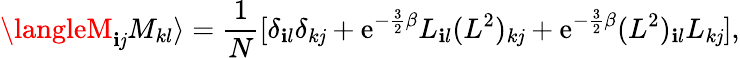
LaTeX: \langleM_{\mathbf{i}\mathit{j}}M_{kl}\rangle=\frac{{1}}{{N}}[\delta_{\mathbf{i}l}\delta_{k\mathit{j}}+\mathrm{{e}}^{-\frac{{3}}{{2}}\beta}L_{\mathbf{i}l}(L^{2})_{k\mathit{j}}+\mathrm{{e}}^{-\frac{{3}}{{2}}\beta}(L^{2})_{\mathbf{i}l}L_{k\mathit{j}}],